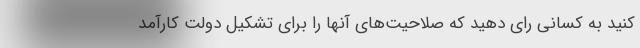
کنید به کسانی رای دهید که صلاحیت‌های آنها را برای تشکیل دولت کارآمد